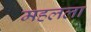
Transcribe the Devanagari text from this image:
महलला